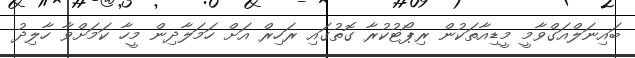
ބައިނަލްއަގްވާމީ މީޑިއާތަކުން ރިޕޯޓުކުރާ ގޮތުގައި ރަހިރް އަށް ހަމަލާދިން މީހާ ކަމަށްވާ ހާލިދު